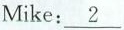
Mike:\underline{2}